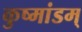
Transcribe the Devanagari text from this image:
कुष्मांडम्